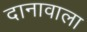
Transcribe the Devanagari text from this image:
दानावाला